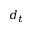
d _ { t }